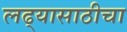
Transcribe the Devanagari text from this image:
लढ्यासाठीचा